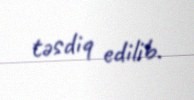
təsdiq edilib.